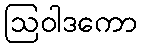
ဩဝါဒကော